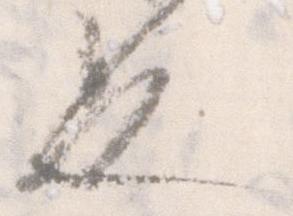
也